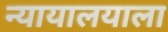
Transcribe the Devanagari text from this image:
न्यायालयाला